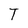
Character: T